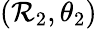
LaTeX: (\mathcal{R}_{2},\theta_{2})